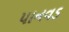
પાનવડ